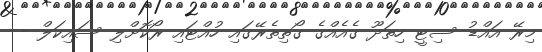
މިރޭ އައްޑު ސިޓީ ހިތަދޫ ގެއެއްގެ ގޯތިތެރޭގައި ހުއްޓައި ރޯކޮށްލި ސައިކަލް -